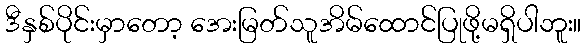
ဒီနှစ်ပိုင်းမှာတော့ အေးမြတ်သူအိမ်ထောင်ပြုဖို့မရှိပါဘူး။